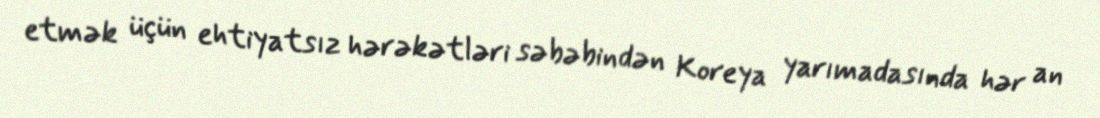
etmək üçün ehtiyatsız hərəkətləri səbəbindən Koreya yarımadasında hər an